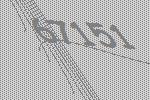
67151